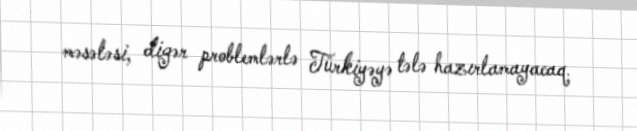
məsələsi, digər problemlərlə Türkiyəyə tələ hazırlamayacaq.